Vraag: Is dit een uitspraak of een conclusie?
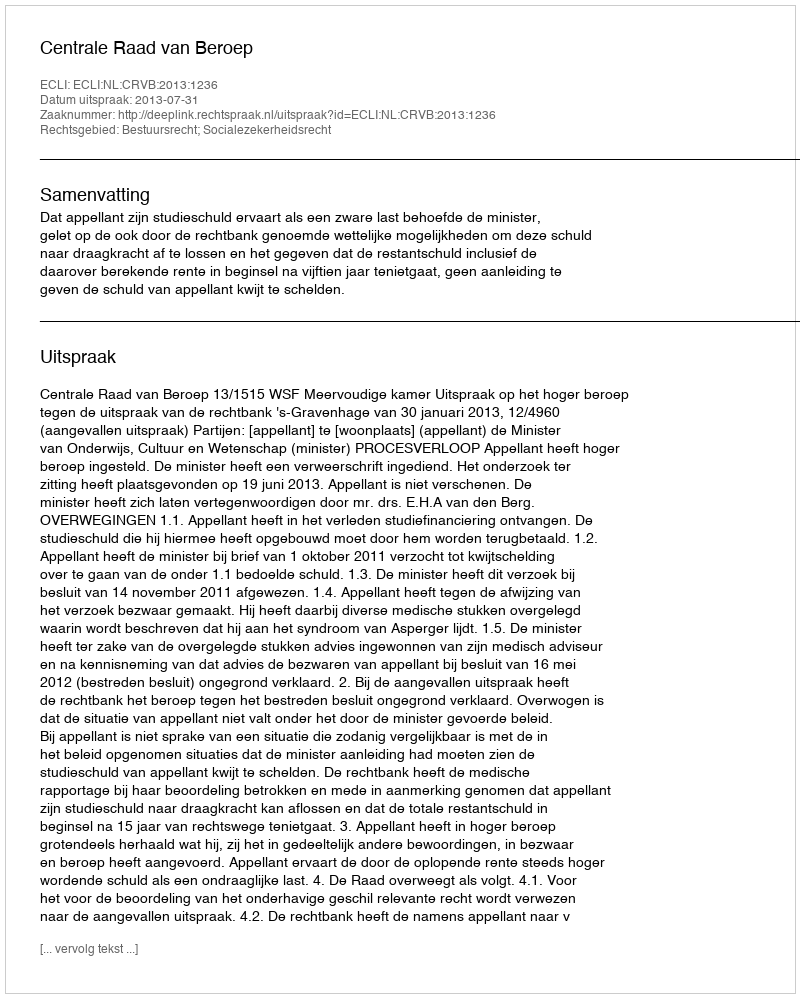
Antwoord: Uitspraak